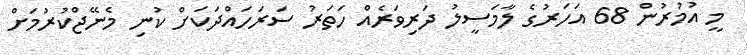
މީ އުމުރުން 68 އަހަރުގެ ލާމަސީލު ދަރިވަރެއް ހަތަރު ސަރަހައްދަކަށް ކުނި މެނޭޖްކުރުމަށް